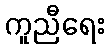
ကူညီရေး